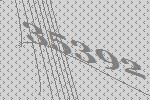
35392